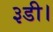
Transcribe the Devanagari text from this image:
३डी।